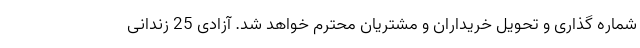
شماره گذاری و تحویل خریداران و مشتریان محترم خواهد شد. آزادی 25 زندانی